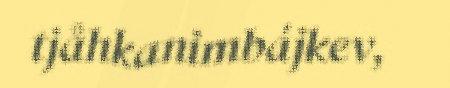
tjåhkanimbájkev,